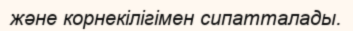
және корнекілігімен сипатталады.